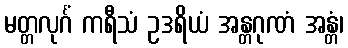
မတ္တလုင်္ဂံ ကရီသံ ဥဒရိယံ အန္တဂုဏံ အန္တံ၊